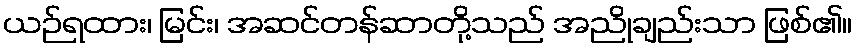
ယဉ်ရထား၊ မြင်း၊ အဆင်တန်ဆာတို့သည် အညိုချည်းသာ ဖြစ်၏။